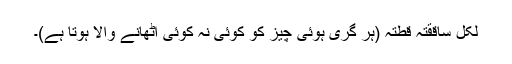
لکل ساققتہ قطتہ (ہر گری ہوئی چیز کو کوئی نہ کوئی اٹھانے والا ہوتا ہے)۔